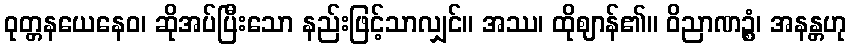
ဝုတ္တနယေနေဝ၊ ဆိုအပ်ပြီးသော နည်းဖြင့်သာလျှင်။ အဿ၊ ထိုဈာန်၏။ ဝိညာဏဉ္စံ၊ အနန္တဟု